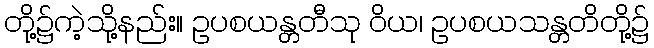
တို့၌ကဲ့သို့နည်း။ ဥပစယန္တတီသု ဝိယ၊ ဥပစယသန္တတိတို့၌